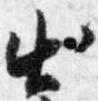
出